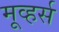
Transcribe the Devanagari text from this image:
मूव्हर्स